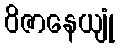
ဝိဇာနေယျုံ